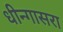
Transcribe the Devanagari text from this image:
धीन्गासरा